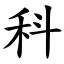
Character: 科